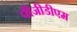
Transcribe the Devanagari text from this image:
पीजीडीएम